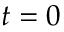
t = 0